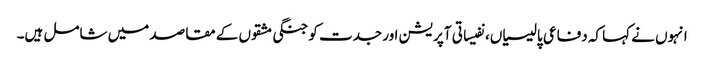
انہوں نے کہا کہ دفاعی پالیسیاں، نفیساتی آپریشن اور جدت کو جنگی مشقوں کے مقاصد میں شامل ہیں۔